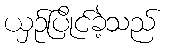
ယှဉ်ပြိုင်ခဲ့သည်